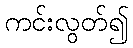
ကင်းလွတ်၍